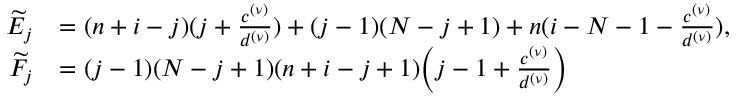
\begin{array} { r l } { \widetilde { E } _ { j } } & { = ( n + i - j ) ( j + \frac { c ^ { ( \nu ) } } { d ^ { ( \nu ) } } ) + ( j - 1 ) ( N - j + 1 ) + n ( i - N - 1 - \frac { c ^ { ( \nu ) } } { d ^ { ( \nu ) } } ) , } \\ { \widetilde { F } _ { j } } & { = ( j - 1 ) ( N - j + 1 ) ( n + i - j + 1 ) \Big ( j - 1 + \frac { c ^ { ( \nu ) } } { d ^ { ( \nu ) } } \Big ) } \end{array}